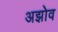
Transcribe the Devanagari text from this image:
अझोव